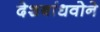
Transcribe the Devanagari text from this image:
देशबांधवोने